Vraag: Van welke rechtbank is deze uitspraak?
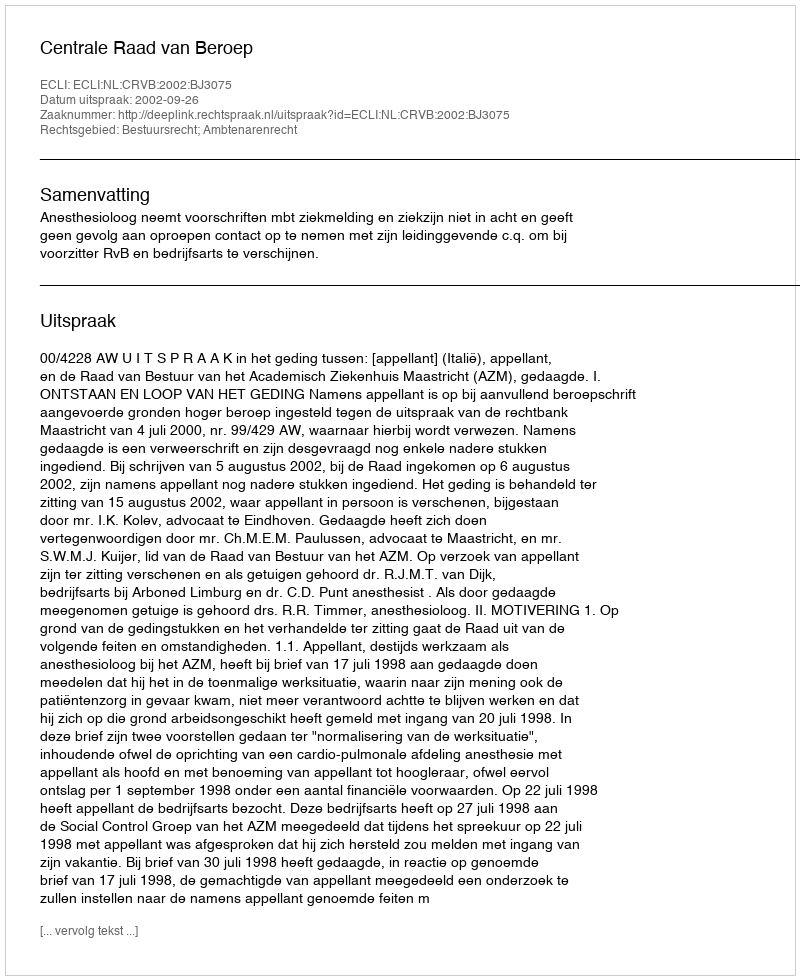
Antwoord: Centrale Raad van Beroep